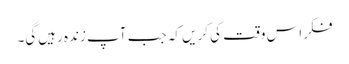
فکر اس وقت کی کریں کہ جب آپ زندہ رہیں‌گی۔